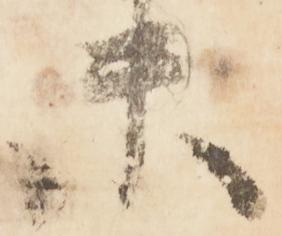
未